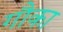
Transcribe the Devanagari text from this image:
गौका